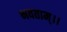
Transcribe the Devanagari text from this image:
भवताम्।।